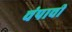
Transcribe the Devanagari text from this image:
चंपाची